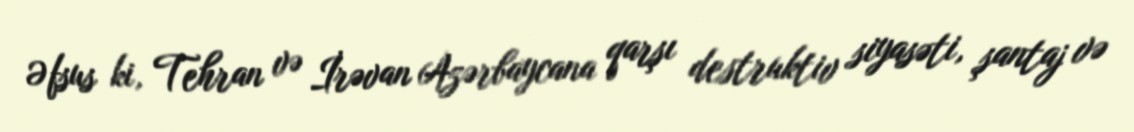
Əfsus ki, Tehran və İrəvan Azərbaycana qarşı destruktiv siyasəti, şantaj və